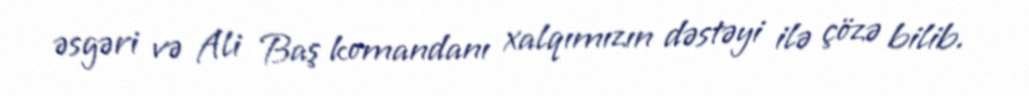
əsgəri və Ali Baş komandanı xalqımızın dəstəyi ilə çözə bilib.